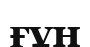
ғұн